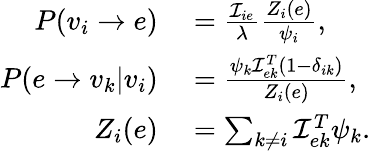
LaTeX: \begin{array}{rl}{P(v_{i}\rightarrow e)}&{{}=\frac{\mathcal{I}_{ie}}{\lambda}\frac{Z_{i}(e)}{\psi_{i}},}\\ {P(e\rightarrow v_{k}|v_{i})}&{{}=\frac{\psi_{k}\mathcal{I}_{ek}^{T}(1-\delta_{ik})}{Z_{i}(e)},}\\ {Z_{i}(e)}&{{}=\sum_{k\neq i}\mathcal{I}_{ek}^{T}\psi_{k}.}\end{array}